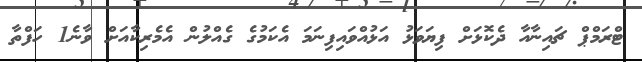
ޓްރަމްޕް ޗައިނާއާ ދެކޮޅަށް ފިޔަވަޅު އަޅުއްވައިފިނަމަ އެކަމުގެ ގެއްލުން އެމެރިކާއަށް ވާނެ1 ހަފްތާ